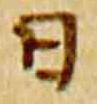
日